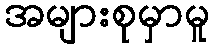
အများစုမှာမူ